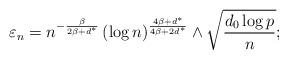
LaTeX: \begin{align*}\varepsilon_n=n^{-\frac{\beta}{2\beta + d^\ast}} \, (\log n)^{\frac{4\beta +d^\ast}{4\beta +2 d^\ast}} \wedge \sqrt{\frac{d_0 \log p}{n}};\end{align*}